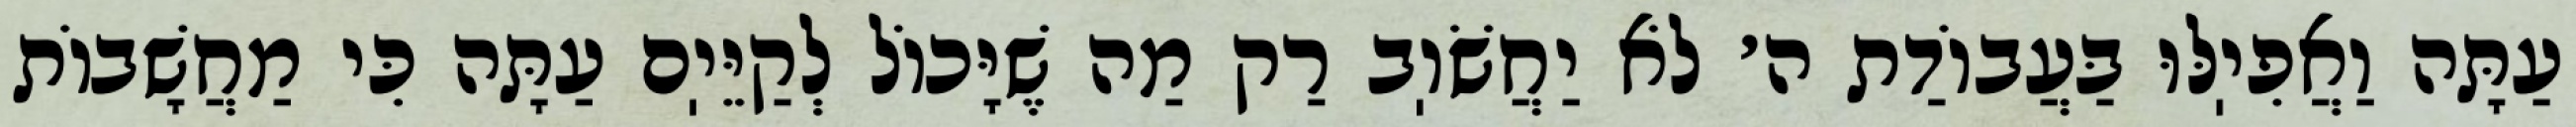
עַתָּה וַאֲפִיֽלּוּ בַּעֲבוֹדַת ה׳ לֹא יַחֲשֹׁוֽב רַק מַה שֶׁיָּכוֹל לְקַיֵּיֽם עַתָּה כִּי מַחֲשָׁבוֹת